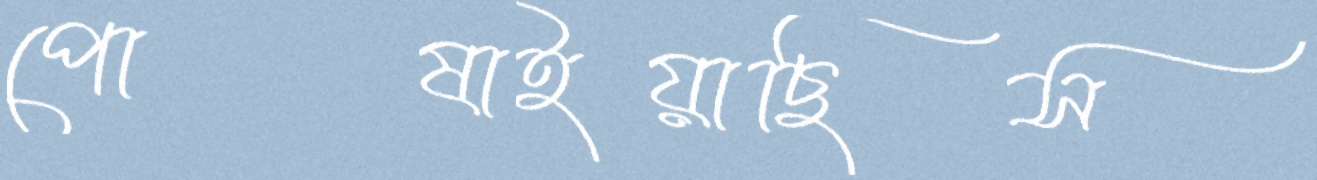
পোষাইয়াছিস